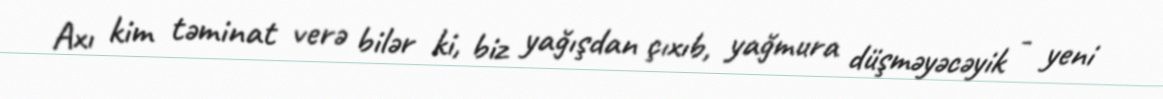
Axı kim təminat verə bilər ki, biz yağışdan çıxıb, yağmura düşməyəcəyik - yeni